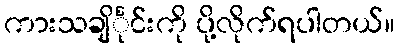
ကားသချိင်္ုင်းကို ပို့လိုက်ရပါတယ်။